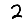
Digit: 2